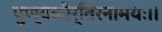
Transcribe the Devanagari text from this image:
पुण्यकीर्तिरनामयः।।